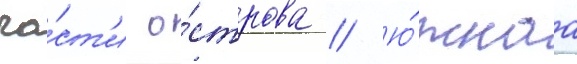
ча́ст'и о́строва // Ю́жнаа